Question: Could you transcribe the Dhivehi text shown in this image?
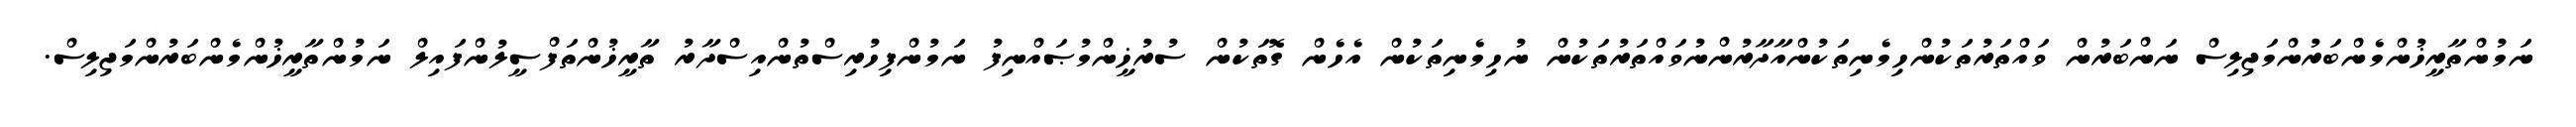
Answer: ނަމުންތާރީޚުންމެންބަރުންމަޖިލިސް ނަންބަރުން ވައްތަރުތަކުންހިމެނިތަކުންއާދާރުންނުވައްތަރުތަކުން ނުހިމެނިތަކުން އެހެން ގޮތަކުން ސުރުޚީންމުޞައްނިފު ނަމުންފިހުރިސްތުންއިސްދާރު ތާރީޚުންތަފްސީލުންފައިލް ނަމުންތާރީޚުންމެންބަރުންމަޖިލިސް.